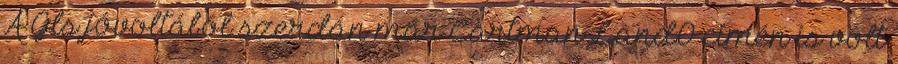
A Gls jóvoltából szerdán már CartmanLand0 címén is volt